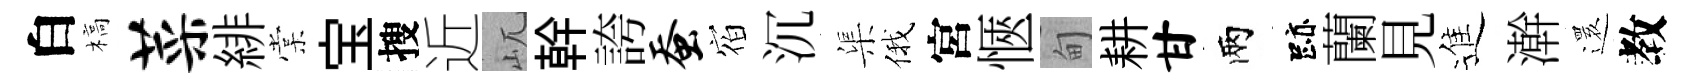
白槁菜緋棠宝搜近屼幹誇蚕𪧐沉渠俄宮愜甸耕甘兩跡蘭見進澣𮟃教